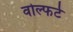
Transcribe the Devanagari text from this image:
वोल्फर्ट